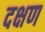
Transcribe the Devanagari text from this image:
दक्षण